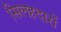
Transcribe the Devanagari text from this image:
सिलहदारों